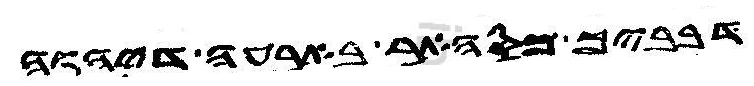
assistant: דבביך מסהאר בארעה דיהוה